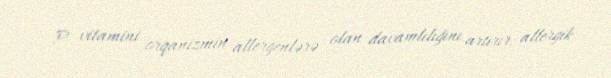
P vitamini orqanizmin allergenlərə olan davamlılığını artırır, allergik